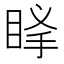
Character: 𥆶